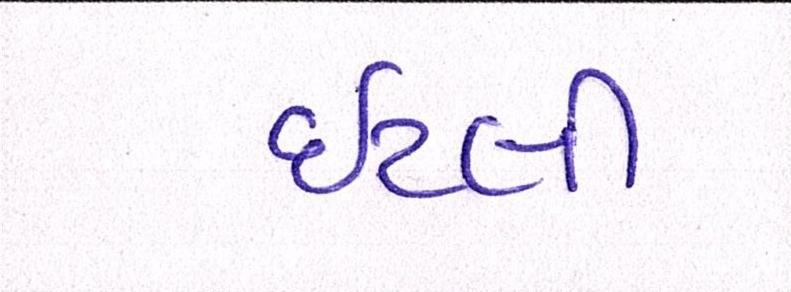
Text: ઇટલી